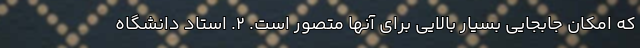
که امکان جابجایی بسیار بالایی برای آنها متصور است. 2. استاد دانشگاه